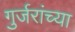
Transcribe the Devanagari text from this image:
गुर्जरांच्या